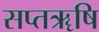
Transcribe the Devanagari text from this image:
सप्तॠषि